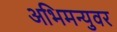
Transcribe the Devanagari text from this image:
अभिमन्युवर